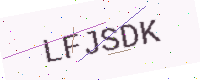
Text: LFJSDK